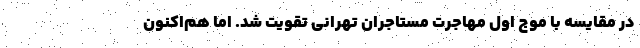
در مقایسه با موج اول مهاجرت مستاجران تهرانی تقویت شد. اما هم‌اکنون